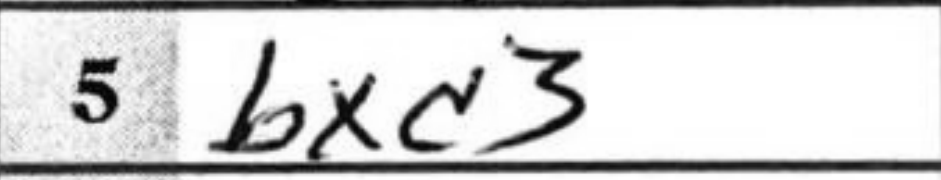
Transcription: Bxd3